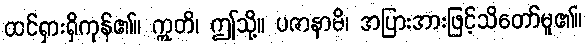
ထင်ရှားရှိကုန်၏။ ဣတိ၊ ဤသို့။ ပဇာနာမိ၊ အပြားအားဖြင့်သိတော်မူ၏။